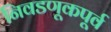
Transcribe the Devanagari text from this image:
निवडणूकपूर्व